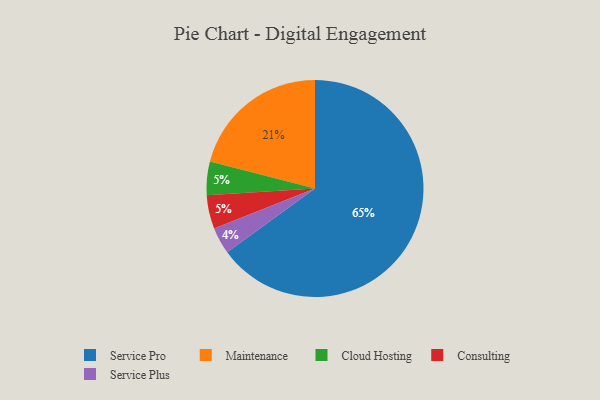
{"axis": {"x": "Category", "y": "Percentage"}, "legend": ["Cloud Hosting", "Consulting", "Maintenance", "Service Plus", "Service Pro"], "data": [{"x": "Maintenance", "y": 21, "type": "Maintenance"}, {"x": "Service Pro", "y": 65, "type": "Service Pro"}, {"x": "Cloud Hosting", "y": 5, "type": "Cloud Hosting"}, {"x": "Service Plus", "y": 4, "type": "Service Plus"}, {"x": "Consulting", "y": 5, "type": "Consulting"}]}